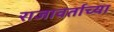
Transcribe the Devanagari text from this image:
राजावर्ताच्या